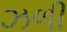
ઝળી